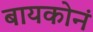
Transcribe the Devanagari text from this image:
बायकोनं